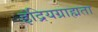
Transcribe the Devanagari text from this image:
इंद्रियग्राह्मता